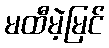
မထီမဲ့မြင်